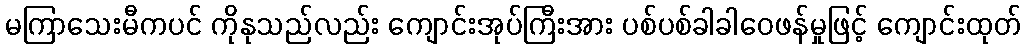
မကြာသေးမီကပင် ကိုနုသည်လည်း ကျောင်းအုပ်ကြီးအား ပစ်ပစ်ခါခါဝေဖန်မှုဖြင့် ကျောင်းထုတ်